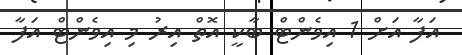
އަފާ އަށް 1 އިވެންޓް ބާކީ އޮތް އިރު މި އިވެންޓް އަފާ